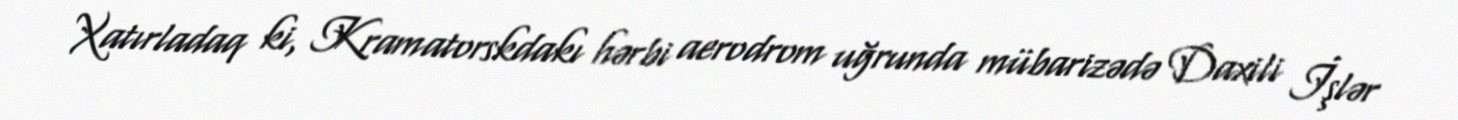
Xatırladaq ki, Kramatorskdakı hərbi aerodrom uğrunda mübarizədə Daxili İşlər